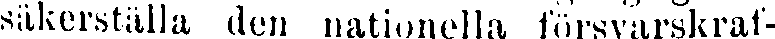
säkerställa den nationella försvarskraf-